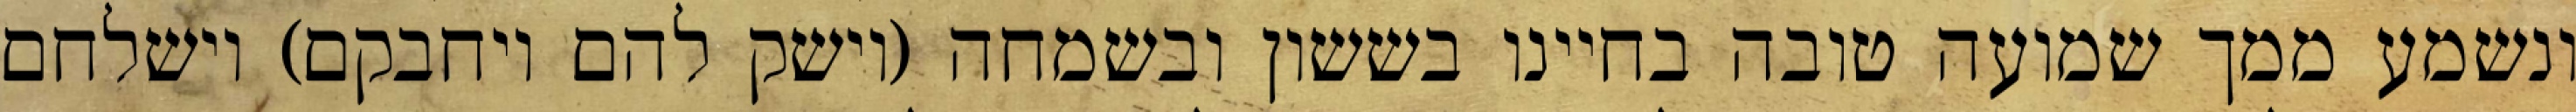
ונשמע ממך שמועה טובה בחיינו בששון ובשמחה (וישק להם ויחבקם) וישלחם